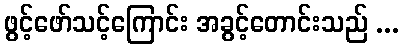
ဖွင့်ဖော်သင့်ကြောင်း အခွင့်တောင်းသည် ...